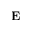
\mathbf { E }